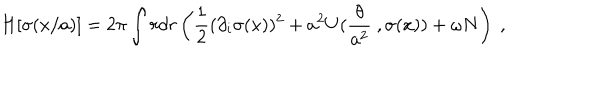
LaTeX: H [ \sigma ( x / a ) ] = 2 \pi \int r d r \left( \frac 1 2 ( \partial _ { i } \sigma ( x ) ) ^ { 2 } + a ^ { 2 } U ( \frac { \theta } { a ^ { 2 } } \ , \sigma ( x ) ) + \omega N \right) \ ,